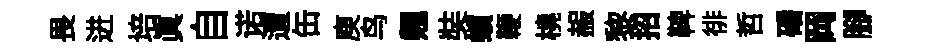
畏进培眞自诺遭缶庾鸟翹奘蠙鞭橈赧黎招鞞徘哲磻岡腳